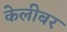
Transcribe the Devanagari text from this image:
केलीबर